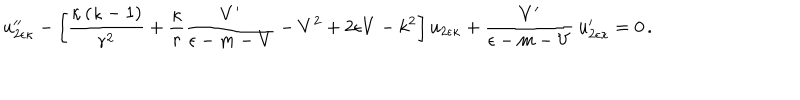
LaTeX: u _ { 2 \epsilon \kappa } ^ { \prime \prime } - \left[ \frac { \kappa \left( \kappa - 1 \right) } { r ^ { 2 } } + \frac { \kappa } { r } \frac { V ^ { \prime } } { \epsilon - m - V } - V ^ { 2 } + 2 \epsilon V - k ^ { 2 } \right] u _ { 2 \epsilon \kappa } + \frac { V ^ { \prime } } { \epsilon - m - V } \, u _ { 2 \epsilon \kappa } ^ { \prime } = 0 \, .